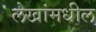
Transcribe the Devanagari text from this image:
लेखांमधील